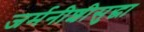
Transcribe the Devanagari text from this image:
जर्मनीशीसुद्धा